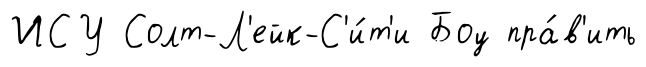
ИСУ Солт-Л'ейк-С'и́т'и Боу пра́в'ить